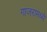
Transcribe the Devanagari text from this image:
गाजरामध्ये